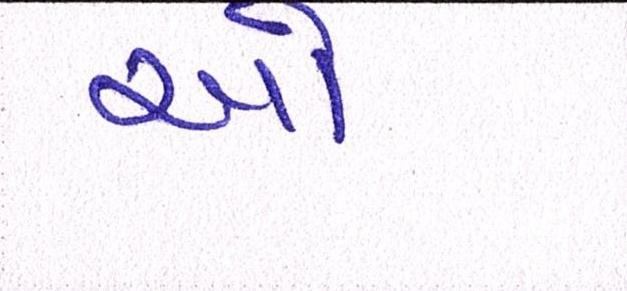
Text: ઓ